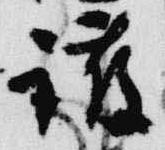
護